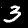
Label: 3